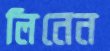
লিনেন